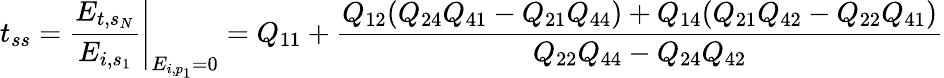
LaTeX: t_{ss}=\left.\frac{E_{t,s_{N}}}{E_{i,s_{1}}}\right\vert_{E_{i,p_{1}}=0}=Q_{11}+\frac{Q_{12}(Q_{24}Q_{41}-Q_{21}Q_{44})+Q_{14}(Q_{21}Q_{42}-Q_{22}Q_{41})}{Q_{22}Q_{44}-Q_{24}Q_{42}}